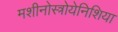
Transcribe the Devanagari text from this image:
मशीनोस्त्रोयेनिशिया